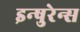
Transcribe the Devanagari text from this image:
इन्षुरेन्स